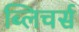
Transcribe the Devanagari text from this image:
ब्लिचर्स